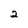
Character: 2